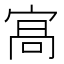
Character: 𭓸